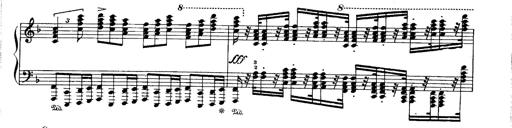
Title: Paraphrase de concert sur Ernani II
Composer: Franz Liszt